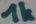
Text: 1k